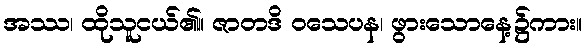
အဿ၊ ထိုသူငယ်၏။ ဇာတဒိ ဝသေပန၊ ဖွားသောနေ့၌ကား။